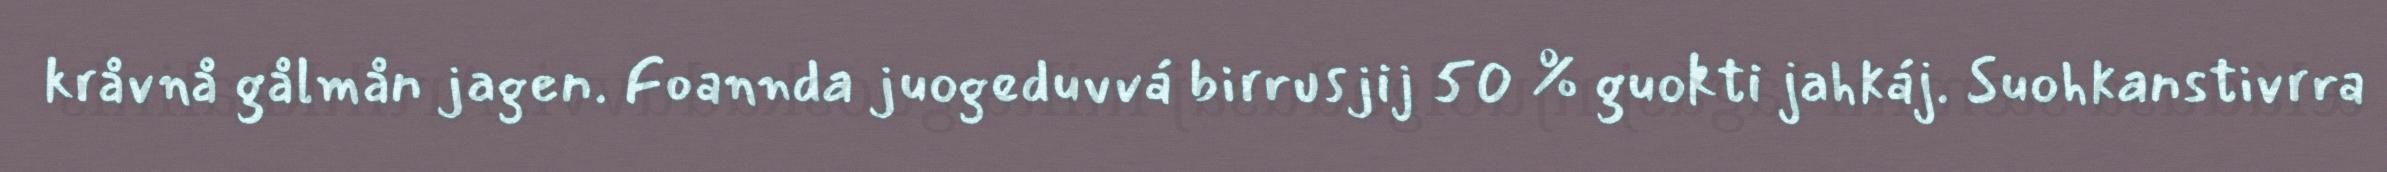
kråvnå gålmån jagen. Foannda juogeduvvá birrusjij 50 % guokti jahkáj. Suohkanstivrra